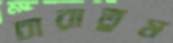
চারাতুম